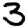
Digit: 3